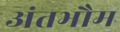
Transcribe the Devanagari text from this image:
अंतभौम